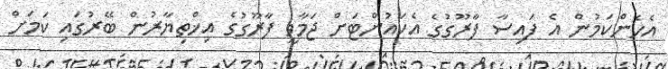
އެހެންކަމުން އެ ފައިސާ ފާރޫގުގެ އެކައުންޓަށް ޖަމާވީ ފާރޫގުގެ އިޚްތިޔާރުން ބޭރުގައި ކަމަށް